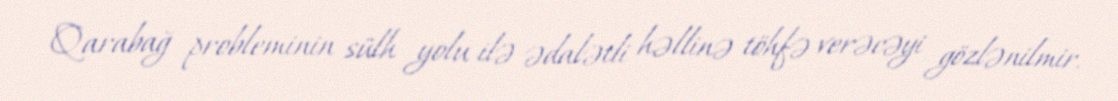
Qarabağ probleminin sülh yolu ilə ədalətli həllinə töhfə verəcəyi gözlənilmir.